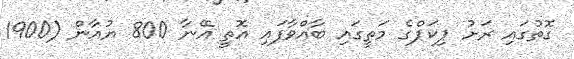
ގޮތުގައި ރަށު ޕިކަޕްގެ މަތީގައި ބާއްވާފައި އޮތީ އޭނާ 800 ޔުއާން (1900